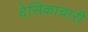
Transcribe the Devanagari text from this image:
देसिकाचारी